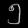
Digit: ၅